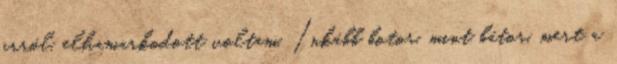
arról, elhamarkodott voltam. Inkább botor, mint bátor, mert a